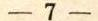
- 7 -